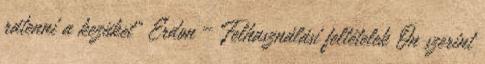
rátenni a kezüket” Erdon – Felhasználási feltételek Ön szerint